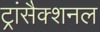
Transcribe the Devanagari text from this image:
ट्रांसैक्शनल